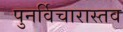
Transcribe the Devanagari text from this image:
पुनर्विचारास्तव